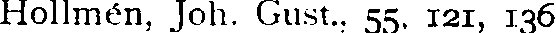
Hollmén, Joh. Gust.. 55. 121, 136